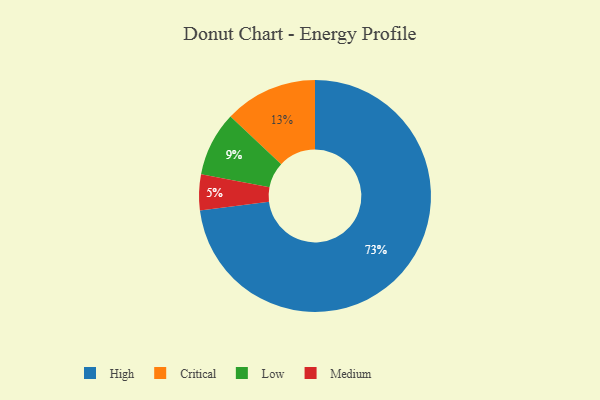
{"axis": {"x": "Category", "y": "Percentage"}, "legend": ["Critical", "High", "Low", "Medium"], "data": [{"x": "Medium", "y": 5, "type": "Medium"}, {"x": "High", "y": 73, "type": "High"}, {"x": "Critical", "y": 13, "type": "Critical"}, {"x": "Low", "y": 9, "type": "Low"}]}